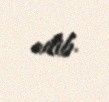
edib.